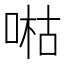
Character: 喖